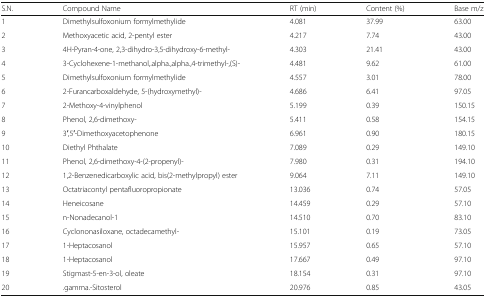
<table><thead><tr><td><b>S.N.</b></td><td><b>Compound Name</b></td><td><b>RT (min)</b></td><td><b>Content (%)</b></td><td><b>Base m/z</b></td></tr></thead><tbody><tr><td>1</td><td>Dimethylsulfoxonium formylmethylide</td><td>4.081</td><td>37.99</td><td>63.00</td></tr><tr><td>2</td><td>Methoxyacetic acid, 2-pentyl ester</td><td>4.217</td><td>7.74</td><td>43.00</td></tr><tr><td>3</td><td>4H-Pyran-4-one, 2,3-dihydro-3,5-dihydroxy-6-methyl-</td><td>4.303</td><td>21.41</td><td>43.00</td></tr><tr><td>4</td><td>3-Cyclohexene-1-methanol,.alpha.,alpha.,4-trimethyl-,(S)-</td><td>4.481</td><td>9.62</td><td>61.00</td></tr><tr><td>5</td><td>Dimethylsulfoxonium formylmethylide</td><td>4.557</td><td>3.01</td><td>78.00</td></tr><tr><td>6</td><td>2-Furancarboxaldehyde, 5-(hydroxymethyl)-</td><td>4.686</td><td>6.41</td><td>97.05</td></tr><tr><td>7</td><td>2-Methoxy-4-vinylphenol</td><td>5.199</td><td>0.39</td><td>150.15</td></tr><tr><td>8</td><td>Phenol, 2,6-dimethoxy-</td><td>5.411</td><td>0.58</td><td>154.15</td></tr><tr><td>9</td><td>3′,5′-Dimethoxyacetophenone</td><td>6.961</td><td>0.90</td><td>180.15</td></tr><tr><td>10</td><td>Diethyl Phthalate</td><td>7.089</td><td>0.29</td><td>149.10</td></tr><tr><td>11</td><td>Phenol, 2,6-dimethoxy-4-(2-propenyl)-</td><td>7.980</td><td>0.31</td><td>194.10</td></tr><tr><td>12</td><td>1,2-Benzenedicarboxylic acid, bis(2-methylpropyl) ester</td><td>9.064</td><td>7.11</td><td>149.10</td></tr><tr><td>13</td><td>Octatriacontyl pentafluoropropionate</td><td>13.036</td><td>0.74</td><td>57.05</td></tr><tr><td>14</td><td>Heneicosane</td><td>14.459</td><td>0.29</td><td>57.10</td></tr><tr><td>15</td><td>n-Nonadecanol-1</td><td>14.510</td><td>0.70</td><td>83.10</td></tr><tr><td>16</td><td>Cyclononasiloxane, octadecamethyl-</td><td>15.101</td><td>0.19</td><td>73.05</td></tr><tr><td>17</td><td>1-Heptacosanol</td><td>15.957</td><td>0.65</td><td>57.10</td></tr><tr><td>18</td><td>1-Heptacosanol</td><td>17.667</td><td>0.49</td><td>97.10</td></tr><tr><td>19</td><td>Stigmast-5-en-3-ol, oleate</td><td>18.154</td><td>0.31</td><td>97.10</td></tr><tr><td>20</td><td>.gamma.-Sitosterol</td><td>20.976</td><td>0.85</td><td>43.05</td></tr></tbody></table>